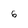
Character: 6